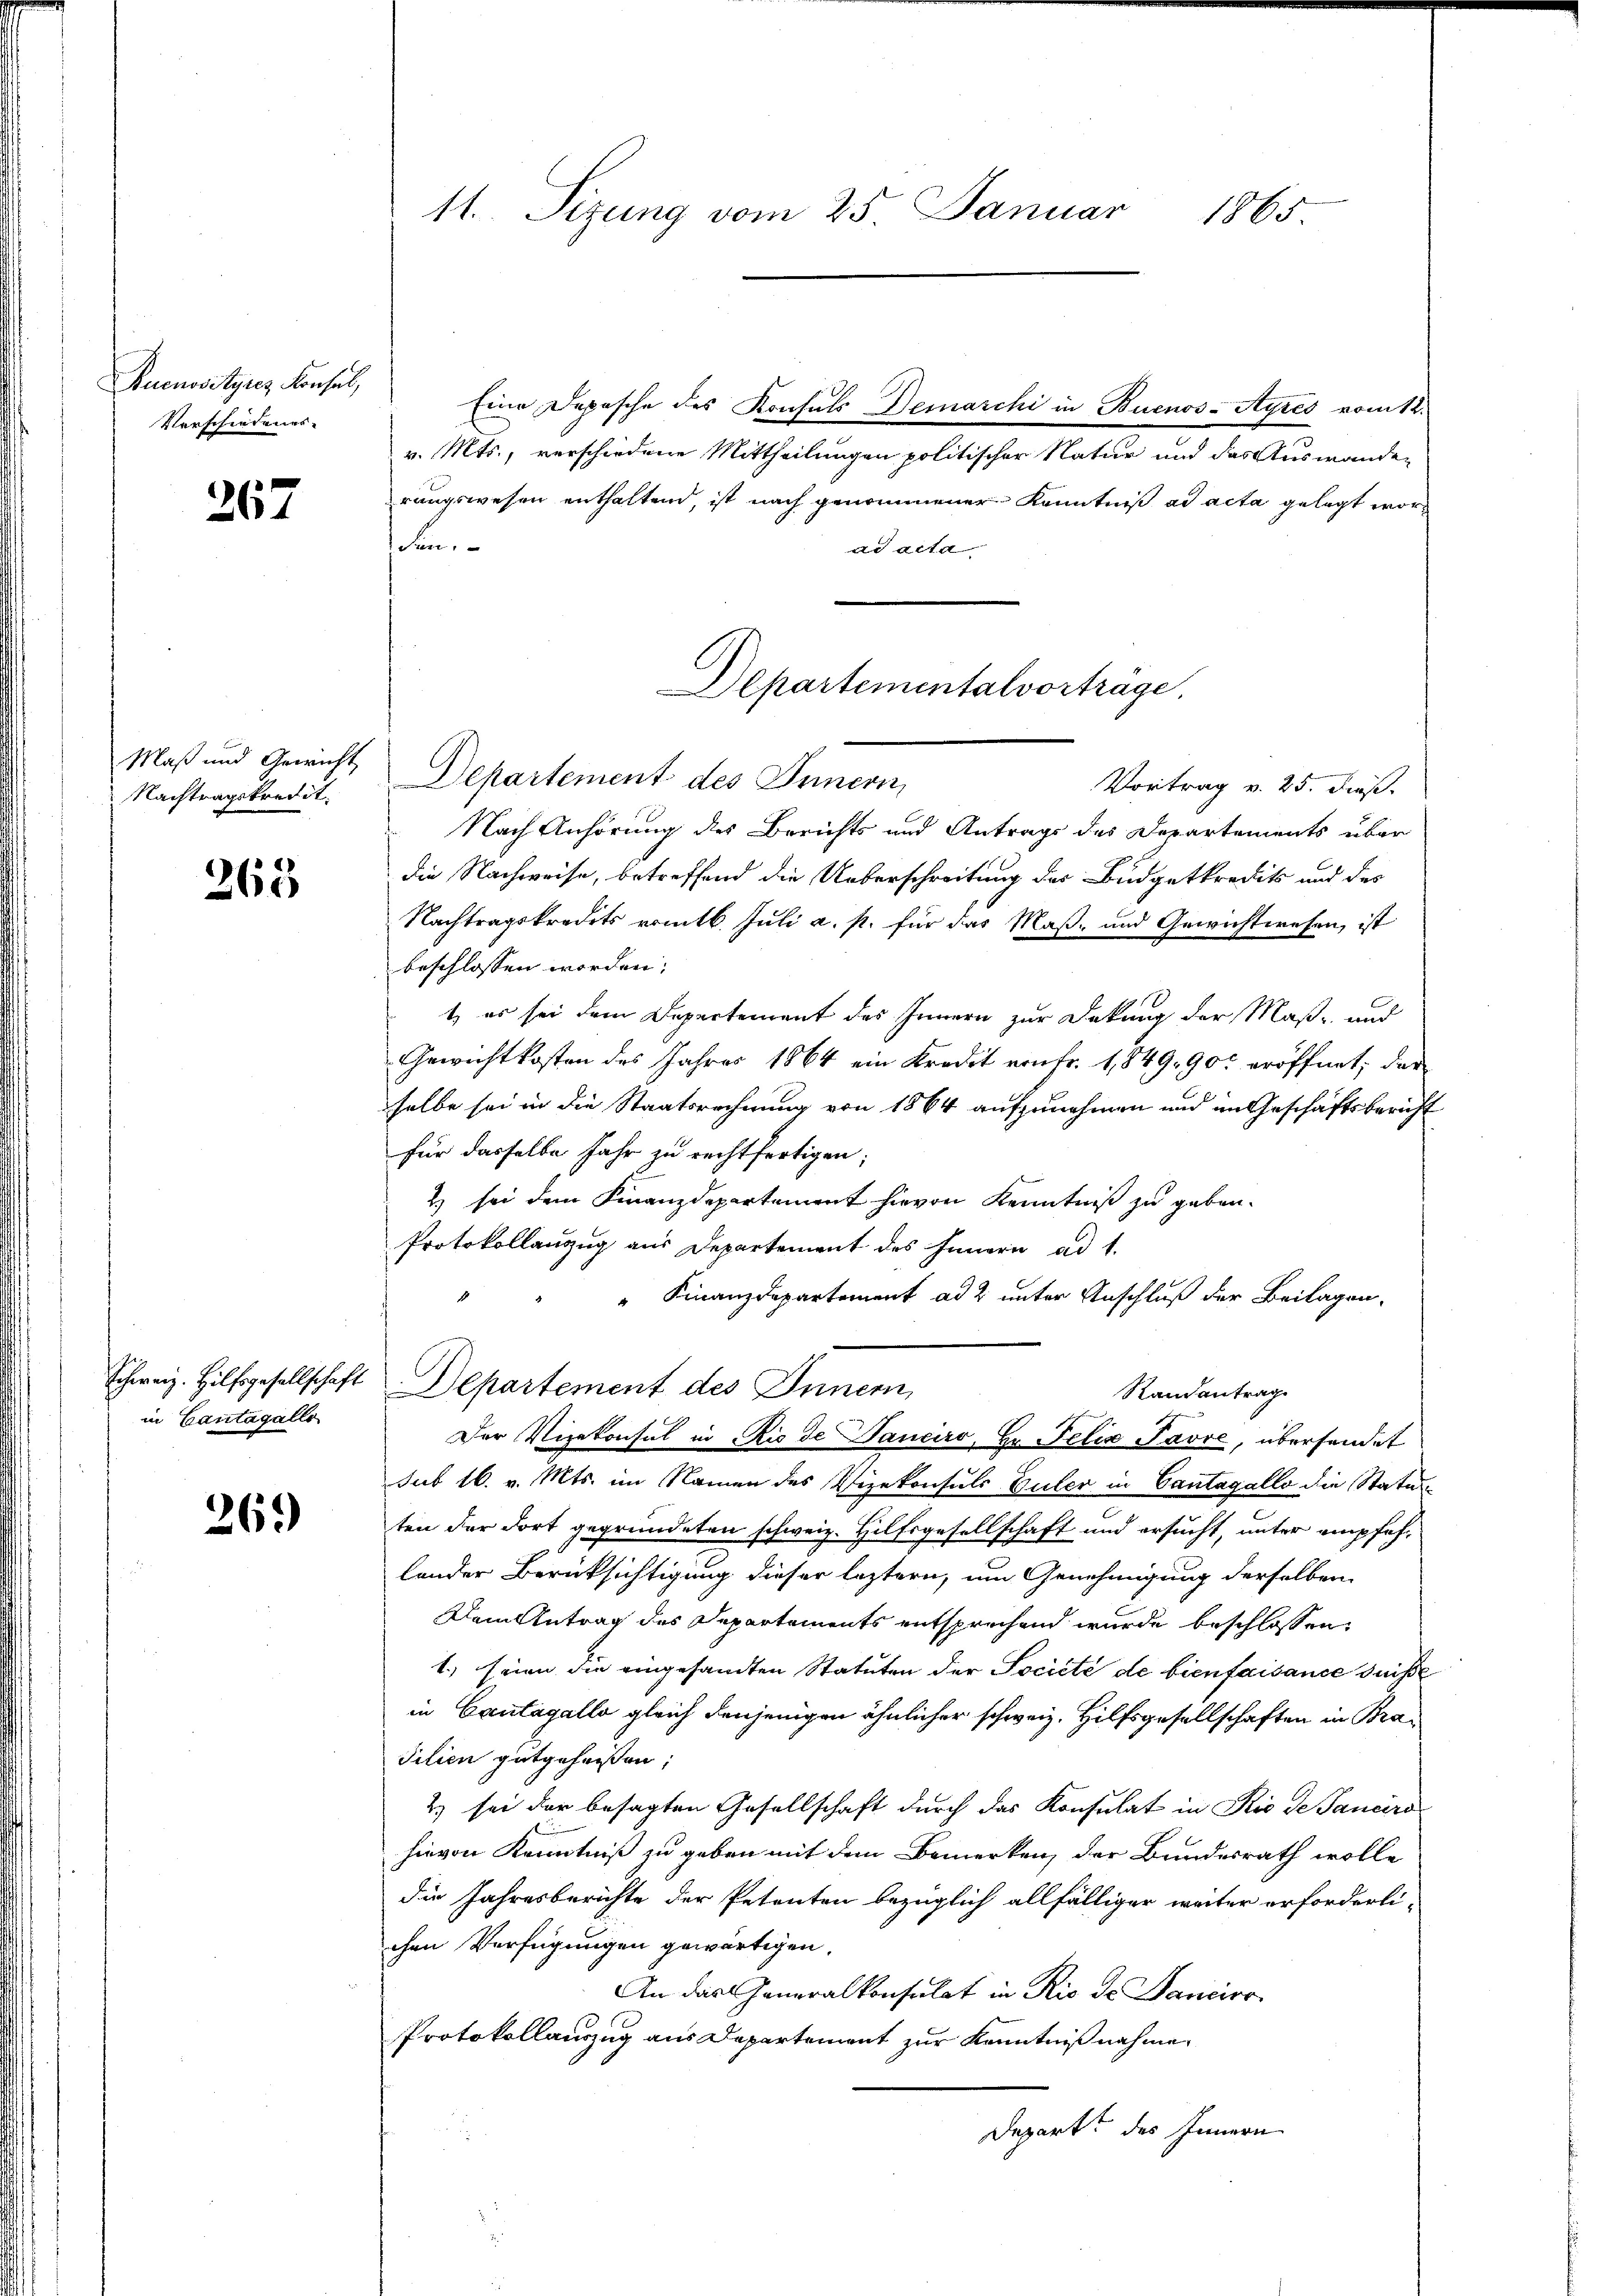
Buenosstyres Konsul,
Verschiedenes

267

Nachtragskredit.

265

in Cantagalle

269)

11. Sizung vom 25. Januar
1865.

Eine Depesche des Konsuls Demarchi in Buenos-Ayres vom 12.
v. Mts., verschiedene Mittheilungen politischer Natur und das Auswanden
rungswesen enthaltend, ist nach genommener Kenntniß ad acta gelegt wor¬
Sin.
ad acta
Maß und Gewicht, Departement des Innern,
Vortrag v. 25. Fuß.
Nach Anhörung des Berichts und Antrags des Departements über
die Nachweise, betreffend die Ueberschreitung des Büdgetkredits und des
Nachtragskredits vom 6. Juli a. p. für das Maß- und Gewichtwesen, ist
beschlossen worden.
t, es sei dem Departement des Innern zur Deckung der Maß- und
Gewichtkosten des Jahres 1864 ein Kredit von fr. 1,849. 900 eröffnet, das
selbe sei in die Staatsrechnung von 1864 aufzunehmen und im Geschäftsbericht
für dasselbe Jahr zu rechtfertigen;
2) sei dem Finanzdepartement hievon Kenntniß zu geben.
Protokollanzug aus Departement des Innern ad 1.
" Finanzdepartement ad 2. unter Anschluß der Beilagen,
Schweiz. Hilfsgesellschaft Departement des Innern,
Randantrag
Der Vizekonsul in Rio de Tanciro, Hr. Felix Favre, übersendet
sub 16. v. Mts. im Namen des Vizekonsuls Güler in Cantagallo die Statuten der dort gegründeten schweiz. Hilfsgesellschaft und ersucht, unter empfehlender Berücksichtigung dieser leztern, um Genehmigung derselben
Dein Antrag des Departements entsprechend wurde beschlossen,
1.) seien die eingesandten Statuten der Société de bienfaisance suisse
in Cantagalla gleich denjenigen ähnlicher schweiz. Hilfsgesellschaften in Bra¬
Tilien gutgeheissen,
2) sei der besagten Gesellschaft durch das Konsulat in Rio de Janeiro
hievon Kenntniß zu geben mit dem Bemerken, der Bundesrath wolle
die Jahresberichte der Petenten bezüglich allfälliger weiter erforderli-
chen Verfügungen gewärtigen.
An das Generalkonsulat in Ric de Sanciro
Protokollauszug aus Departement zur Kenntnißnahmen
Depart des Innern

Departementalvorträge